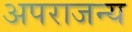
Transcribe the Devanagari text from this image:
अपराजन्य